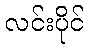
လင်းပိုင်